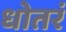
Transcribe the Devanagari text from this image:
धोतरं